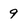
Character: 9